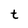
Character: t